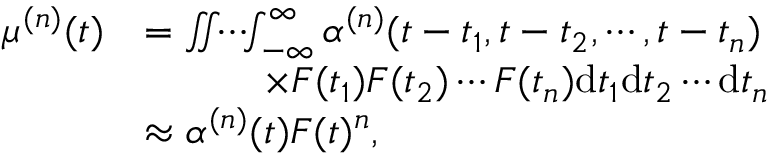
\begin{array} { r l } { \mu ^ { ( n ) } ( t ) } & { = \iint \! \! \cdots \! \! \int _ { - \infty } ^ { \infty } \alpha ^ { ( n ) } ( t - t _ { 1 } , t - t _ { 2 } , \cdots , t - t _ { n } ) } \\ & { \qquad \quad \times F ( t _ { 1 } ) F ( t _ { 2 } ) \cdots F ( t _ { n } ) \mathrm { d } t _ { 1 } \mathrm { d } t _ { 2 } \cdots \mathrm { d } t _ { n } } \\ & { \approx \alpha ^ { ( n ) } ( t ) F ( t ) ^ { n } , } \end{array}